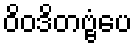
ဝိဝဒိတဗ္ဗံပေ